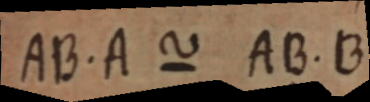
AB. A ~ AB. B.